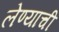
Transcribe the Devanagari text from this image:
लेण्याची